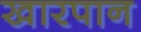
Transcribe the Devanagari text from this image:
खारपान